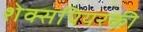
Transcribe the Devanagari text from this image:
शेक्सपियरकी